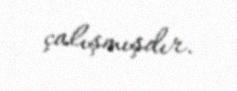
çalışmışdır.